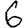
Digit: 6